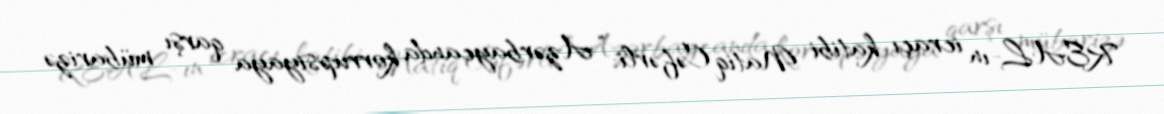
REAL-ın icraçı katibi Natiq Cəfərli: “Azərbaycanda korrupsiyaya qarşı mübarizə